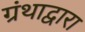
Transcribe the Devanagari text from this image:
ग्रंथाद्वारा